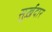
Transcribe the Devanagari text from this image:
सुर्ख़दार